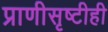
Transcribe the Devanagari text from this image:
प्राणीसृष्टीही